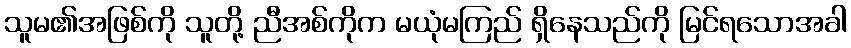
သူမ၏အဖြစ်ကို သူတို့ ညီအစ်ကိုက မယုံမကြည် ရှိနေသည်ကို မြင်ရသောအခါ